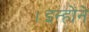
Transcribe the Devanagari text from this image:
।इन्हाेंने